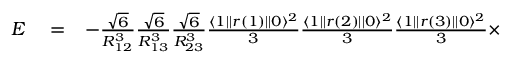
\begin{array} { r l r } { E } & { { } = } & { - \frac { \sqrt { 6 } } { R _ { 1 2 } ^ { 3 } } \frac { \sqrt { 6 } } { R _ { 1 3 } ^ { 3 } } \frac { \sqrt { 6 } } { R _ { 2 3 } ^ { 3 } } \frac { \langle 1 | | r ( 1 ) | | 0 \rangle ^ { 2 } } { 3 } \frac { \langle 1 | | r ( 2 ) | | 0 \rangle ^ { 2 } } { 3 } \frac { \langle 1 | | r ( 3 ) | | 0 \rangle ^ { 2 } } { 3 } \times } \end{array}